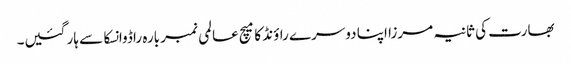
بھارت کی ثانیہ مرزا اپنا دوسرے راؤنڈ کا میچ عالمی نمبر بارہ راڈوانسکا سے ہار گئیں۔